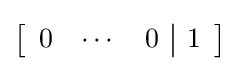
\left[{\begin{array}{ccc|c}0&\cdots &0&1\end{array}}\right]